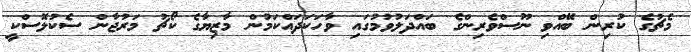
މެޗުގެ ކުރިން ބޭއްވި ނޫސްވެރިންގެ ބައްދަލުވުމުގައި ވާހަކަދައްކަމުން މާޒިޔާގެ ކޯޗު މަރުޖާން ސެކުލޮސްކީ